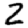
Digit: 2